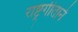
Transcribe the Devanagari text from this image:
राष्ट्रगीताने